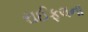
રાઈફલના